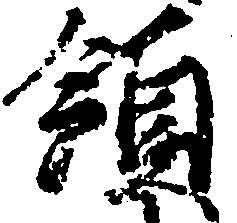
領